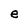
Character: e